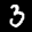
Label: 3